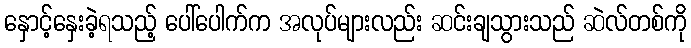
နှောင့်နှေးခဲ့ရသည့် ပေါ်ပေါက်က အလုပ်များလည်း ဆင်းချသွားသည် ဆဲလ်တစ်ကို